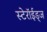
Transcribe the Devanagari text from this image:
स्टेरॉईड्ज